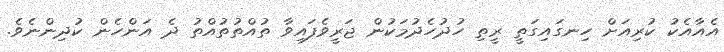
އެއާއެކު ކުރިއަށް ހިނގައިގަތީ ރީތި ހުދުހެދުމަކުން ޖަރީވެފައިވާ ތުއްތުތުއްތު ދެ އަންހެން ކުދިންނެވެ.